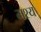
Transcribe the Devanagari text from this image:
मश्य